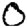
Digit: 0